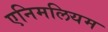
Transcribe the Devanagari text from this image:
एनिमलियम